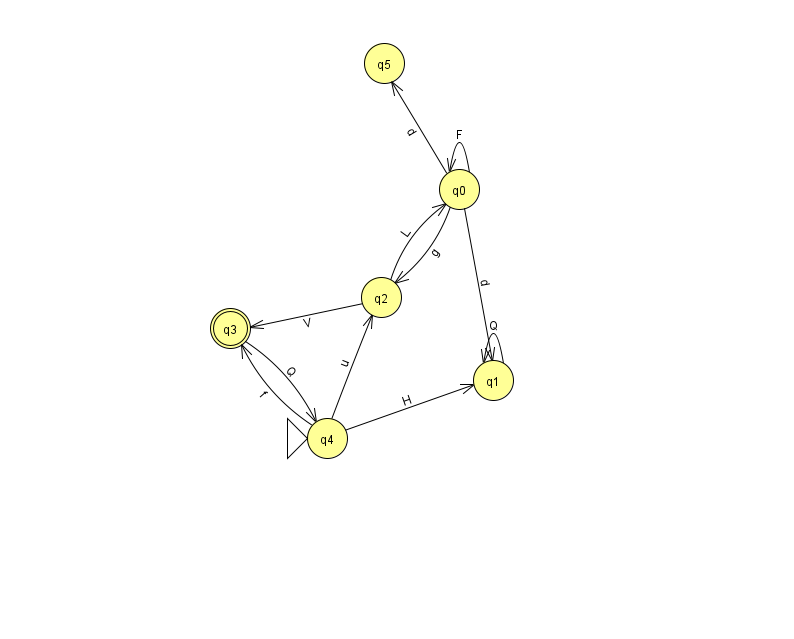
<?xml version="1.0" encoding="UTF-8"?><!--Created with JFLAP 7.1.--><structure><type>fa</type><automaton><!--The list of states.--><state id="0" name="q0"><x>459.0</x><y>176.0</y></state><state id="1" name="q1"><x>493.0</x><y>367.0</y></state><state id="2" name="q2"><x>381.0</x><y>284.0</y></state><state id="3" name="q3"><x>230.0</x><y>315.0</y><final/></state><state id="4" name="q4"><x>327.0</x><y>425.0</y><initial/></state><state id="5" name="q5"><x>384.0</x><y>50.0</y></state><!--The list of transitions.--><transition><from>1</from><to>1</to><read>Q</read></transition><transition><from>4</from><to>2</to><read>u</read></transition><transition><from>4</from><to>3</to><read>f</read></transition><transition><from>0</from><to>5</to><read>d</read></transition><transition><from>0</from><to>2</to><read>g</read></transition><transition><from>2</from><to>3</to><read>V</read></transition><transition><from>3</from><to>4</to><read>Q</read></transition><transition><from>0</from><to>0</to><read>F</read></transition><transition><from>4</from><to>1</to><read>H</read></transition><transition><from>0</from><to>1</to><read>d</read></transition><transition><from>2</from><to>0</to><read>L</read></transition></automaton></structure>